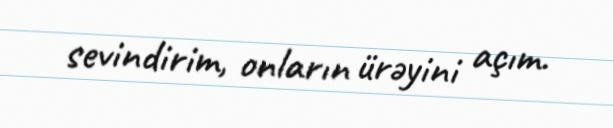
sevindirim, onların ürəyini açım.